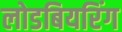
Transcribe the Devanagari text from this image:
लोडबियरिंग